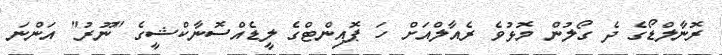
ރޮނާލްޑޯގެ ދެ ގޯލުން މޮޅުވެ ރެއާލްއަށް ހަ ޕޮއިންޓްގެ ލީޑެއްސޮނާކްޝީގެ "ނޫރު" އަންނަ